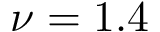
\nu = 1 . 4